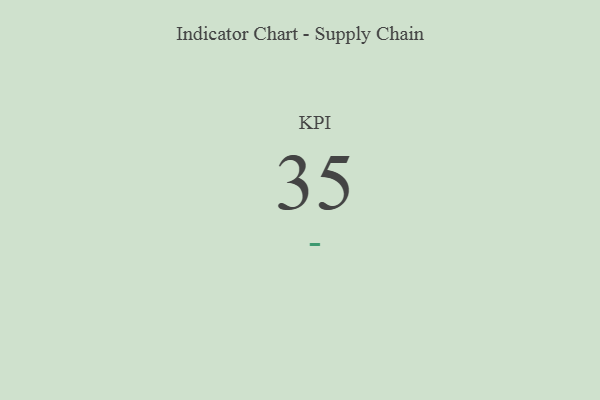
{"axis": {"x": "KPI", "y": "Value"}, "legend": [""], "data": [{"x": "KPI", "y": 35, "type": ""}]}